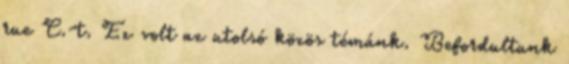
rue C.-t. Ez volt az utolsó közös témánk. Befordultunk